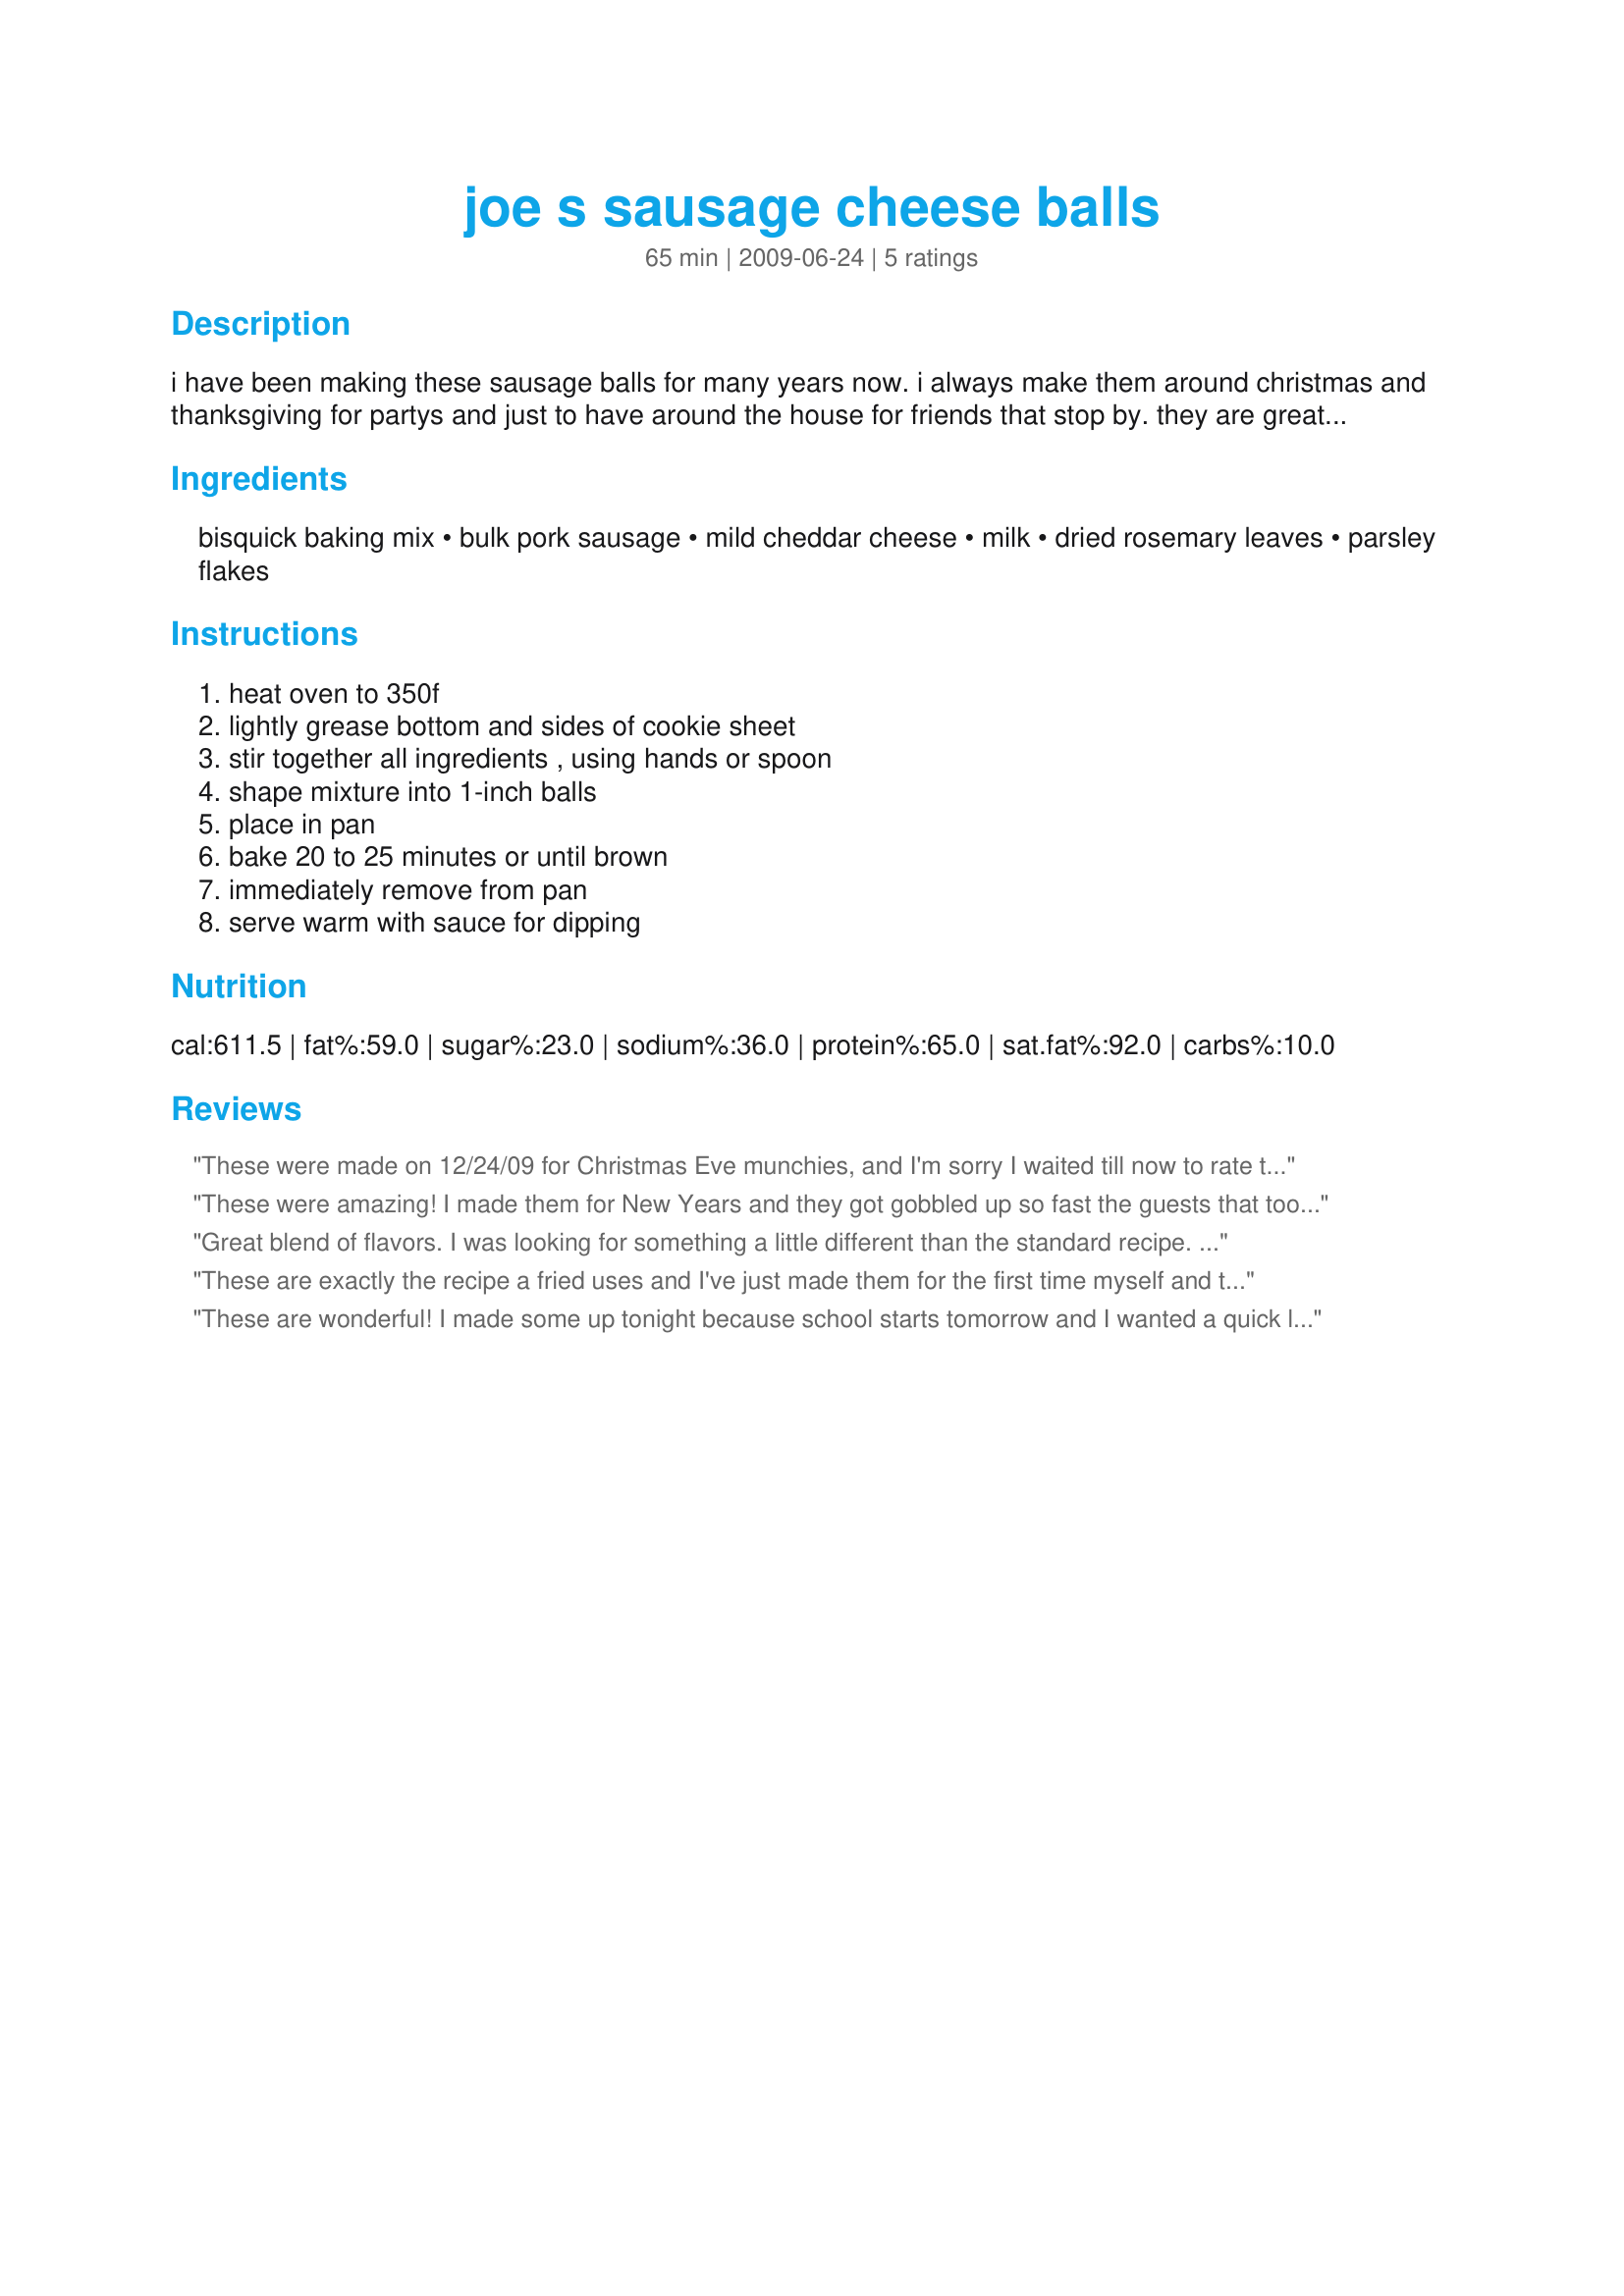
joe s sausage cheese balls
Preparation time: 65 minutes

i have been making these sausage balls for many years now. i always make them around christmas and thanksgiving for partys and just to have around the house for friends that stop by. they are great! a must try appetizer.

Ingredients:
bisquick baking mix, bulk pork sausage, mild cheddar cheese, milk, dried rosemary leaves, parsley flakes

Steps:
heat oven to 350f, lightly grease bottom and sides of cookie sheet, stir together all ingredients , using hands or spoon, shape mixture into 1-inch balls, place in pan, bake 20 to 25 minutes or until brown, immediately remove from pan, serve warm with sauce for dipping

Reviews:
These were made on 12/24/09 for Christmas Eve munchies, and I'm sorry I waited till now to rate this. I followed the recipe as it was written. But I do think that if these are made again, I'm cutting the amount of baking mix down to 2 1/2 cups of baking mix. I really liked the addition of the rosemary and parsley. Thanks for posting and " Keep Smiling :) "
These were amazing! I made them for New Years and they got gobbled up so fast the guests that took their time to show missed out. Everyone loved them and I will be making them again in the future. I served them with Roasted Garlic Sauce from another recipe.
Great blend of flavors. I was looking for something a little different than the standard recipe. I used the "Heart Smart" Bisquick and couldn't tell the difference at all. I think they are even a little less greasy and lighter than the regular mix. And, since I was feeling lazy, I added a Tbl spoon of dried minced onions just for kicks. They were a big hit. Thanks for posting!
These are exactly the recipe a fried uses and I've just made them for the first time myself and they're perfect. I'm not a rosemary fan so I used 1/2 the rosemary and the rest fresh thyme and a sprinkle of powder. My friend sometimes changes up the sausage, either using hot breakfast or even Italian sausage w/ cheddar, parmesan, garlic and basil. Such an awesome recipe:)
These are wonderful! I made some up tonight because school starts tomorrow and I wanted a quick little breakfast for the kids in the morning. I think they ate half of them just munching so I KNOW that I will have to make more. I only ended up with about 5 dozen, but I think that was mainly because I only used 2 cups of cheese. I did end up having to use about 3/4 cup of milk to get mine to stay together though. I'm so glad I found this recipe because the rosemary is such a nice touch and I wouldn't have thought of it on my own. Thanks for posting a new family favorite!!!
